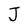
Character: J